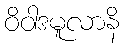
ဝိဝါဒမူလာနိ